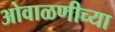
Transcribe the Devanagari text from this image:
ओवाळणीच्या